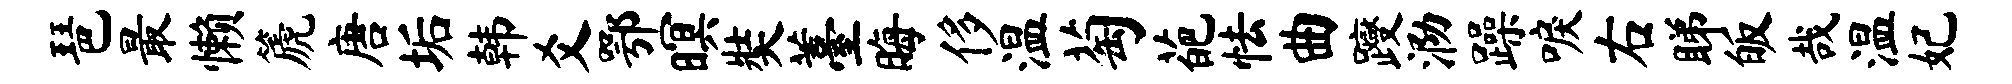
琶最懒篪唐垢韩爻鄂暝奘薹晦侈温萄葩怯曲躞泐躁唳右睇皈哉温妃